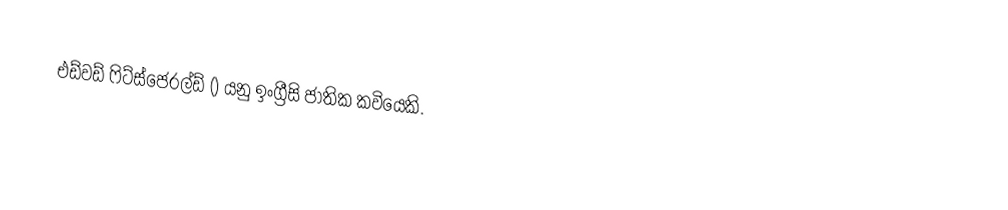
එඩ්වඩ් ෆිට්ස්ජෙරල්ඩ් () යනු ඉංග්‍රීසි ජාතික කවියෙකි.